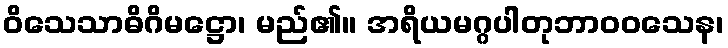
ဝိသေသာဓိဂိမဋ္ဌော၊ မည်၏။ အရိယမဂ္ဂပါတုဘာဝဝသေန၊